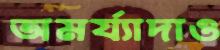
অমর্য্যাদাও